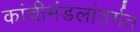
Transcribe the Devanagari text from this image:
कांचीमंडलांतर्गत